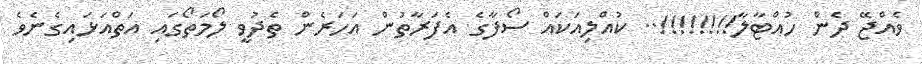
ވެއްޖޭ ދެން ހުއްޓާލާ!!!!!!!!.. ކުއްލިއަކައް ސޯފާގެ އެފަރާތުން އަހަރެން ތެދުވީ ލޯމަތޯގައި އަތްއަޅައިގެނެވެ